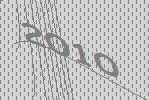
2010